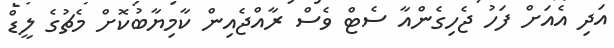
އަދި އެއަށް ފަހު ޖެހިގެންއާ ސެޓް ވެސް ރާއްޖެއިން ކާމިޔާބުކޮށް މެޗުގެ ލީޑް